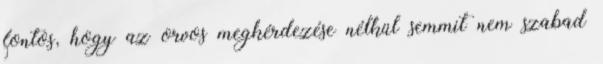
fontos, hogy az orvos megkérdezése nélkül semmit nem szabad